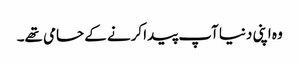
وہ اپنی دنیا آپ پیدا کرنے کے حامی تھے۔